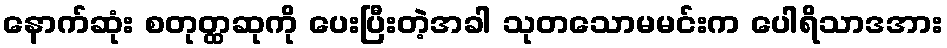
နောက်ဆုံး စတုတ္ထဆုကို ပေးပြီးတဲ့အခါ သုတသောမမင်းက ပေါရိသာဒအား